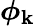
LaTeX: \boldsymbol{\phi}_{\mathbf{k}}